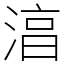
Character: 湻